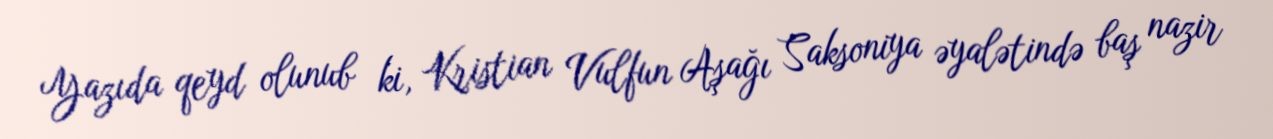
Yazıda qeyd olunub ki, Kristian Vulfun Aşağı Saksoniya əyalətində baş nazir